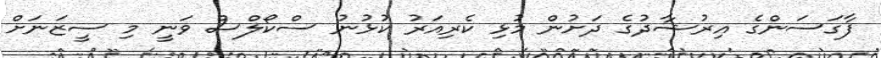
ފާގަސަންގެ އިރުޝާދުގެ ދަށުން މުޅި ކެރިއަރު ކުޅުނު ސްކޯލްސް ވަނީ މި ސީޒަނަށް